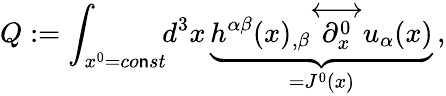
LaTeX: Q:=\int_{x^{0}=co\mathsf{n}st}\! \! d^{3}x\, \underbrace{{h^{\alpha\beta}(x)_{,\beta}{\stackrel{\longleftrightarrow}{\partial_{x}^{0}}}u_{\alpha}(x)}}_{=J^{0}(x)}\, ,